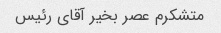
متشکرم عصر بخیر آقای رئیس